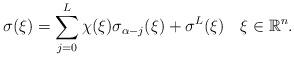
LaTeX: \begin{align*} \sigma (\xi)=\sum_{j=0}^{L}\chi(\xi)\sigma_{\alpha-j}(\xi)+\sigma^L(\xi)\quad\xi\in\mathbb{R}^n. \end{align*}